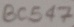
Text: BC547